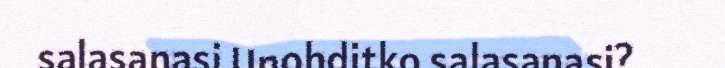
salasanasi Unohditko salasanasi?